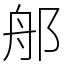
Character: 郍